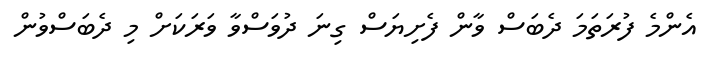
އެންމެ ފުރަތަމަ ދެބަސް ވާން ފެށިޔަސް ގިނަ ދުވަސްވާ ވަރަކަށް މި ދެބަސްވުން